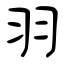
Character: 羽